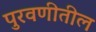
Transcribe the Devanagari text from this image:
पुरवणीतील